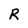
Character: R